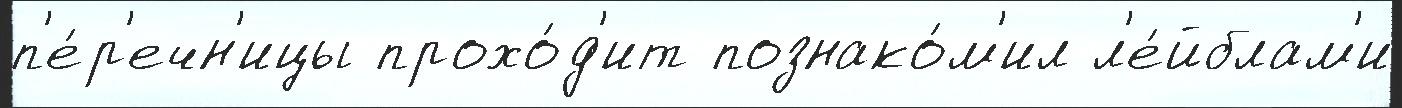
п'е́р'ечн'ицы прохо́д'ит познако́м'ил л'е́йблам'и